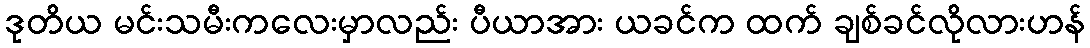
ဒုတိယ မင်းသမီးကလေးမှာလည်း ပီယာအား ယခင်က ထက် ချစ်ခင်လိုလားဟန်